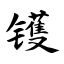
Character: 镬